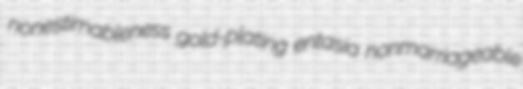
nonestimableness gold-plating entasia nonmarriageable